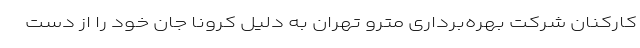
کارکنان شرکت بهره‌برداری مترو تهران به دلیل کرونا جان خود را از دست